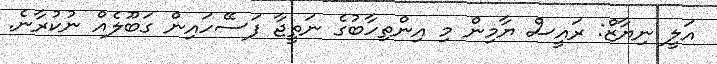
އަލީ ނިޔާޒް: ރައީސް ޔާމިން މި އިންތިހާބުގެ ނަތީޖާ ފަސޭހައިން ގަބޫލެއް ނުކުރާނެ.